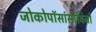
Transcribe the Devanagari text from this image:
जोकोपॉसांसोविनो